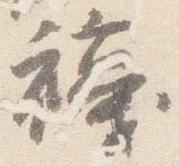
襪